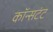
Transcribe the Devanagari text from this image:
कॉन्सटंट